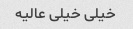
خیلی خیلی عالیه